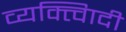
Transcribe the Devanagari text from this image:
व्यक्त्विादी